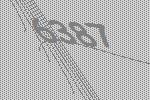
6387